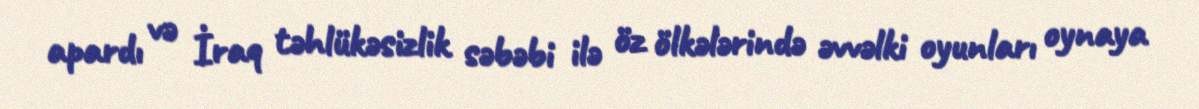
apardı və İraq təhlükəsizlik səbəbi ilə öz ölkələrində əvvəlki oyunları oynaya